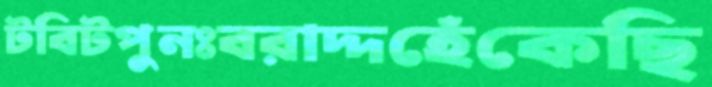
টবিটপুনঃবরাদ্দহেঁকেছি